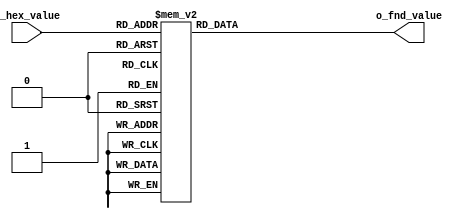
`timescale 1ns / 1ps

///////////////////////////////////////////////////////////////////////////////
module decoder7Seg(
    input       wire        [3 : 0]     i_hex_value,
    output      wire        [7 : 0]     o_fnd_value
);
    
    reg [7 : 0] r_fnd_value;

    //abcd_efgp  
    always @(i_hex_value)begin
        case(i_hex_value)
            4'h0    : r_fnd_value = 8'b0000_0011;  // 0
            4'h1    : r_fnd_value = 8'b1001_1111;  // 1
            4'h2    : r_fnd_value = 8'b0010_0101;  // 2
            4'h3    : r_fnd_value = 8'b0000_1101;  // 3
            4'h4    : r_fnd_value = 8'b1001_1001;  // 4
            4'h5    : r_fnd_value = 8'b0100_1001;  // 5
            4'h6    : r_fnd_value = 8'b0100_0001;  // 6
            4'h7    : r_fnd_value = 8'b0001_1111;  // 7
            4'h8    : r_fnd_value = 8'b0000_0001;  // 8
            4'h9    : r_fnd_value = 8'b0001_1001;  // 9
            4'hA    : r_fnd_value = 8'b0001_0001;  // A
            4'hB    : r_fnd_value = 8'b1100_0001;  // b
            4'hC    : r_fnd_value = 8'b0110_0011;  // C
            4'hD    : r_fnd_value = 8'b1000_0101;  // d
            4'hE    : r_fnd_value = 8'b0110_0001;  // E
            4'hF    : r_fnd_value = 8'b0111_0001;  // F
            default : r_fnd_value = 8'b1111_1101;  // Middle Bar (Error)
        endcase
    end

    assign o_fnd_value = r_fnd_value;

endmodule
///////////////////////////////////////////////////////////////////////////////

///////////////////////////////////////////////////////////////////////////////
module decoder_7seg(
    input       wire        [3 : 0]     i_hex_value,
    output      wire        [7 : 0]     o_fnd_value
);
    
    reg [7 : 0] r_fnd_value;

    //abcd_efgp  
    always @(i_hex_value)begin
        case(i_hex_value)
            4'h0    : r_fnd_value = 8'b0000_0011;  // 0
            4'h1    : r_fnd_value = 8'b1001_1111;  // 1
            4'h2    : r_fnd_value = 8'b0010_0101;  // 2
            4'h3    : r_fnd_value = 8'b0000_1101;  // 3
            4'h4    : r_fnd_value = 8'b1001_1001;  // 4
            4'h5    : r_fnd_value = 8'b0100_1001;  // 5
            4'h6    : r_fnd_value = 8'b0100_0001;  // 6
            4'h7    : r_fnd_value = 8'b0001_1111;  // 7
            4'h8    : r_fnd_value = 8'b0000_0001;  // 8
            4'h9    : r_fnd_value = 8'b0001_1001;  // 9
            4'hA    : r_fnd_value = 8'b0001_0001;  // A
            4'hB    : r_fnd_value = 8'b1100_0001;  // b
            4'hC    : r_fnd_value = 8'b0110_0011;  // C
            4'hD    : r_fnd_value = 8'b1000_0101;  // d
            4'hE    : r_fnd_value = 8'b0110_0001;  // E
            4'hF    : r_fnd_value = 8'b0111_0001;  // F
            default : r_fnd_value = 8'b1111_1101;  // Middle Bar (Error)
        endcase
    end

    assign o_fnd_value = r_fnd_value;

endmodule
///////////////////////////////////////////////////////////////////////////////
module bin2Dec(
        input       wire        [11 : 0]        i_bin,
        output      wire        [15 : 0]        o_bcd
    );

    reg [3 : 0] i;
    reg [15 : 0] r_bcd;

    always @(*) begin
        r_bcd = 0;
        for (i = 0; i < 12; i = i + 1)begin
            r_bcd = {r_bcd[14:0], i_bin[11-i]};
            if(i < 11 && r_bcd[3:0] > 4)    r_bcd[3:0]      =   r_bcd[3:0]   + 3;
            if(i < 11 && r_bcd[7:4] > 4)    r_bcd[7:4]      =   r_bcd[7:4]   + 3;
            if(i < 11 && r_bcd[11:8] > 4)   r_bcd[11:8]     =   r_bcd[11:8]  + 3;
            if(i < 11 && r_bcd[15:12] > 4)  r_bcd[15:12]    =   r_bcd[15:12] + 3;
        end
    end
    assign o_bcd = r_bcd;
    
endmodule
//////////////////////////////////////////////////////////////////////////////
module fanFndSelector (
    input           wire                        i_reset,
    input           wire                        i_functionalFan_enable,
    input           wire        [3 : 0]         i_fnd_sel,
    input           wire        [3 : 0]         i_state_timer,
    input           wire        [7 : 0]         i_fnd_spin_decoder,
    input           wire        [7 : 0]         i_fnd_timer,
    output          wire        [7 : 0]         o_fnd
);
    localparam [3 : 0]                          STATE_NO_SET      = 4'b0001;
    localparam [3 : 0]                          STATE_TIME_SET_1H = 4'b0010;
    localparam [3 : 0]                          STATE_TIME_SET_3H = 4'b0100;
    localparam [3 : 0]                          STATE_TIME_SET_5H = 4'b1000;

    localparam [7 : 0]                          SEG_OFF = 8'b1111_1111;
    localparam [7 : 0]                          SEG_MID = 8'b1111_1101;

    reg [7 : 0]                                 r_fnd;

    always @(*) begin
        if (i_reset) begin
            r_fnd = SEG_OFF;
        end
        else begin
            if (!i_functionalFan_enable) begin
                r_fnd = SEG_MID;
            end
            else begin
                if (i_state_timer == STATE_NO_SET) begin
                    if (i_fnd_sel == 4'b0111) begin
                        r_fnd = i_fnd_spin_decoder;
                    end
                    else begin
                        r_fnd = SEG_OFF;
                    end
                end
                else begin
                    if (i_fnd_sel == 4'b0111) begin
                        r_fnd = i_fnd_spin_decoder;
                    end
                    else begin
                        r_fnd = i_fnd_timer;
                    end
                end
            end
        end
    end

    assign o_fnd = r_fnd;
    
endmodule